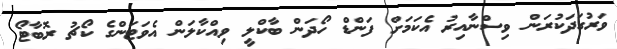
ވަރުގަދަކުރަން ވިސްނާއިރު އެކަމަށް ފަންޑް ހޯދަން ބާކްލީ ވިއްކާލަން އެވަޓަންގެ ކޯޗު ރޮބާޓޯ